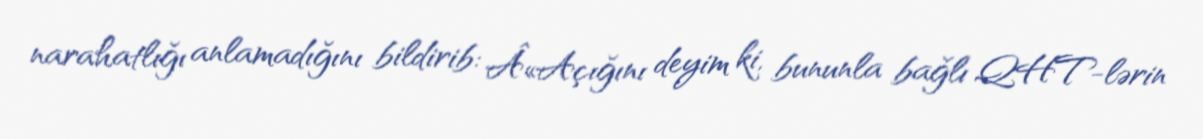
narahatlığı anlamadığını bildirib: Â«Açığını deyim ki, bununla bağlı QHT-lərin